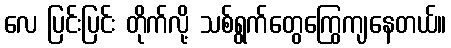
လေ ပြင်းပြင်း တိုက်လို့ သစ်ရွက်တွေကြွေကျနေတယ်။